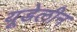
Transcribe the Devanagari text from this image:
यूडेलीन